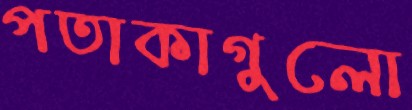
পতাকাগুলো